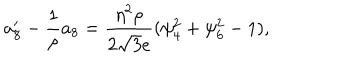
a _ { 8 } ^ { \prime } - \frac { 1 } { \rho } a _ { 8 } = \frac { \eta ^ { 2 } \rho } { 2 \sqrt { 3 } e } ( \psi _ { 4 } ^ { 2 } + \psi _ { 6 } ^ { 2 } - 1 ) ,